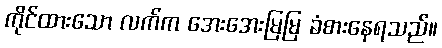
ကိုင်ထားသော လက်က အေးအေးမြမြ ခံစားနေရသည်။